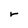
Character: r